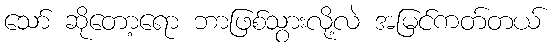
သော် ဆိုတော့ရော ဘာဖြစ်သွားလို့လဲ အမြင်ကတ်တယ်